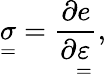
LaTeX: \underset{=}{\sigma}=\frac{\partial e}{\partial\underset{=}{\varepsilon}},